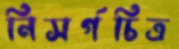
নিসর্গচিত্র